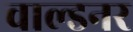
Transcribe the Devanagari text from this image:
वाल्डनर